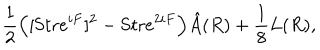
LaTeX: { \frac { 1 } { 2 } } \Big ( [ \mathrm { S t r } e ^ { i F } ] ^ { 2 } - \mathrm { S t r } e ^ { 2 i F } \Big ) \hat { A } ( R ) + { \frac { 1 } { 8 } } L ( R ) ,